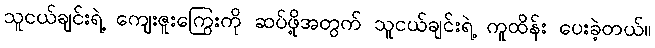
သူငယ်ချင်းရဲ့ ကျေးဇူးကြွေးကို ဆပ်ဖို့အတွက် သူငယ်ချင်းရဲ့ ကူထိန်း ပေးခဲ့တယ်။